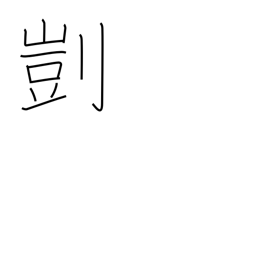
Meaning: suitability